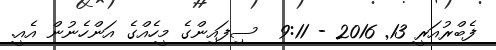
ފެބްރުއަރީ 13